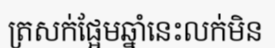
ត្រសក់ផ្អែមឆ្នាំនេះលក់មិន